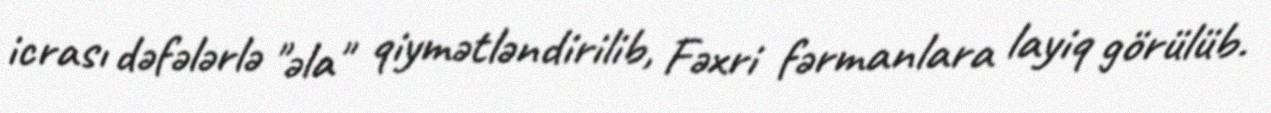
icrası dəfələrlə "əla" qiymətləndirilib, Fəxri fərmanlara layiq görülüb.